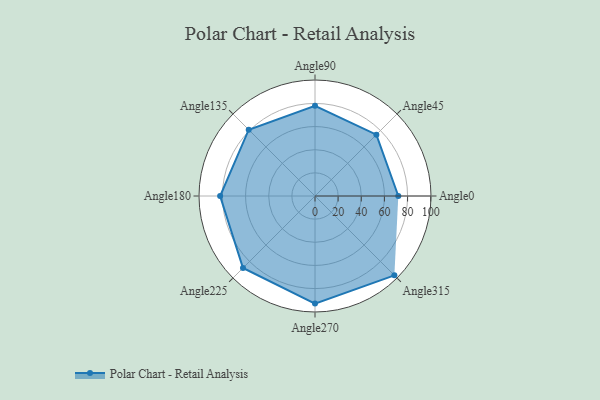
{"axis": {"x": "Angle", "y": "Radius"}, "legend": [""], "data": [{"x": "Angle0", "y": 72.0, "type": ""}, {"x": "Angle45", "y": 75.0, "type": ""}, {"x": "Angle90", "y": 78.0, "type": ""}, {"x": "Angle135", "y": 81.0, "type": ""}, {"x": "Angle180", "y": 82.0, "type": ""}, {"x": "Angle225", "y": 88.0, "type": ""}, {"x": "Angle270", "y": 93.0, "type": ""}, {"x": "Angle315", "y": 97.0, "type": ""}]}